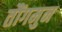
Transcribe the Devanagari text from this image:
तौंगमुन